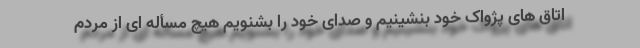
اتاق های پژواک خود بنشینیم و صدای خود را بشنویم هیچ مسأله ای از مردم